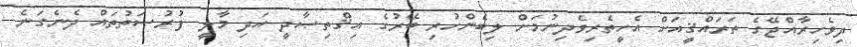
ދިވެހިރާއްޖޭގެ ތަރައްޤީއަށް އެހީތެރިވެދިނުމަށް ލިބެންހުރި ބޭރުގެ އިޤްތިޞާދީ އަދި މާލީ ފުރުޞަތުތައް ދެނެގަނެ